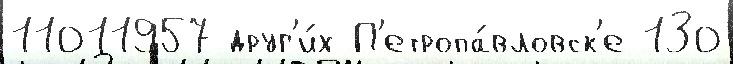
11011957 друг'и́х П'етропа́вловск'е 130